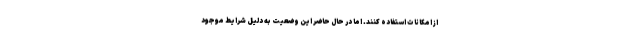
از امکانات استفاده کنند. اما در حال حاضر این وضعیت به دلیل شرایط موجود